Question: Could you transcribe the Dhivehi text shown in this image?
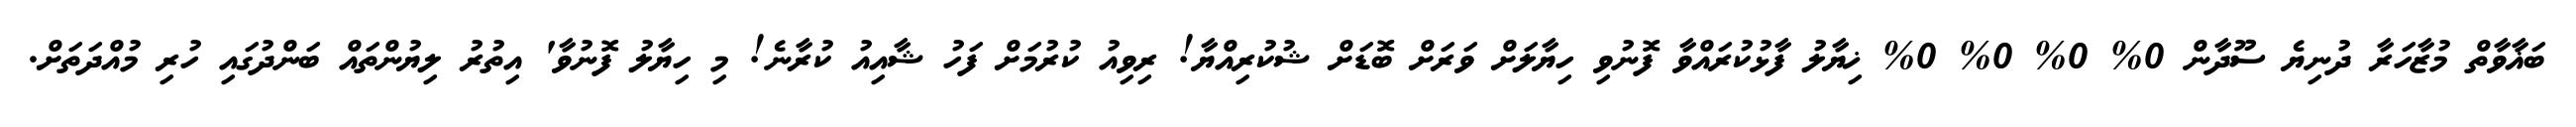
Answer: ބަޣާވާތް މުޒާހަރާ ދުނިޔެ ސޫދާން 0% 0% 0% 0% ޚިޔާލު ފާޅުކުރައްވާ ފޮނުވި ހިޔާލަށް ވަރަށް ބޮޑަށް ޝުކުރިއްޔާ! ރިވިއު ކުރުމަށް ފަހު ޝާއިއު ކުރާނެ! މި ހިޔާލު ފޮނުވާ' އިތުރު ލިޔުންތައް ބަންދުގައި ހުރި މުއްދަތަށް.